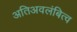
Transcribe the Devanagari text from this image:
अतिअवलंबित्व